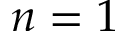
n = 1